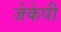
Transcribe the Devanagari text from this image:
जेकेपी